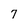
Character: 7